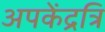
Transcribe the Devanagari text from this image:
अपकेंद्रत्रि